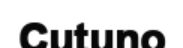
Cutuno